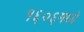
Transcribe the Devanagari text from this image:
१६०६मध्ये